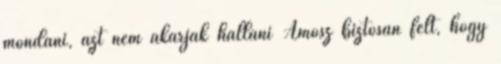
mondani, azt nem akarják hallani Ámósz biztosan félt, hogy